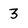
Character: 3